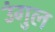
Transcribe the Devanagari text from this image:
उंगुल